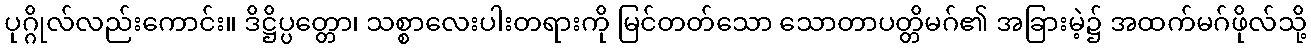
ပုဂ္ဂိုလ်လည်းကောင်း။ ဒိဋ္ဌိပ္ပတ္တော၊ သစ္စာလေးပါးတရားကို မြင်တတ်သော သောတာပတ္တိမဂ်၏ အခြားမဲ့၌ အထက်မဂ်ဖိုလ်သို့